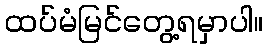
ထပ်မံမြင်တွေ့ရမှာပါ။